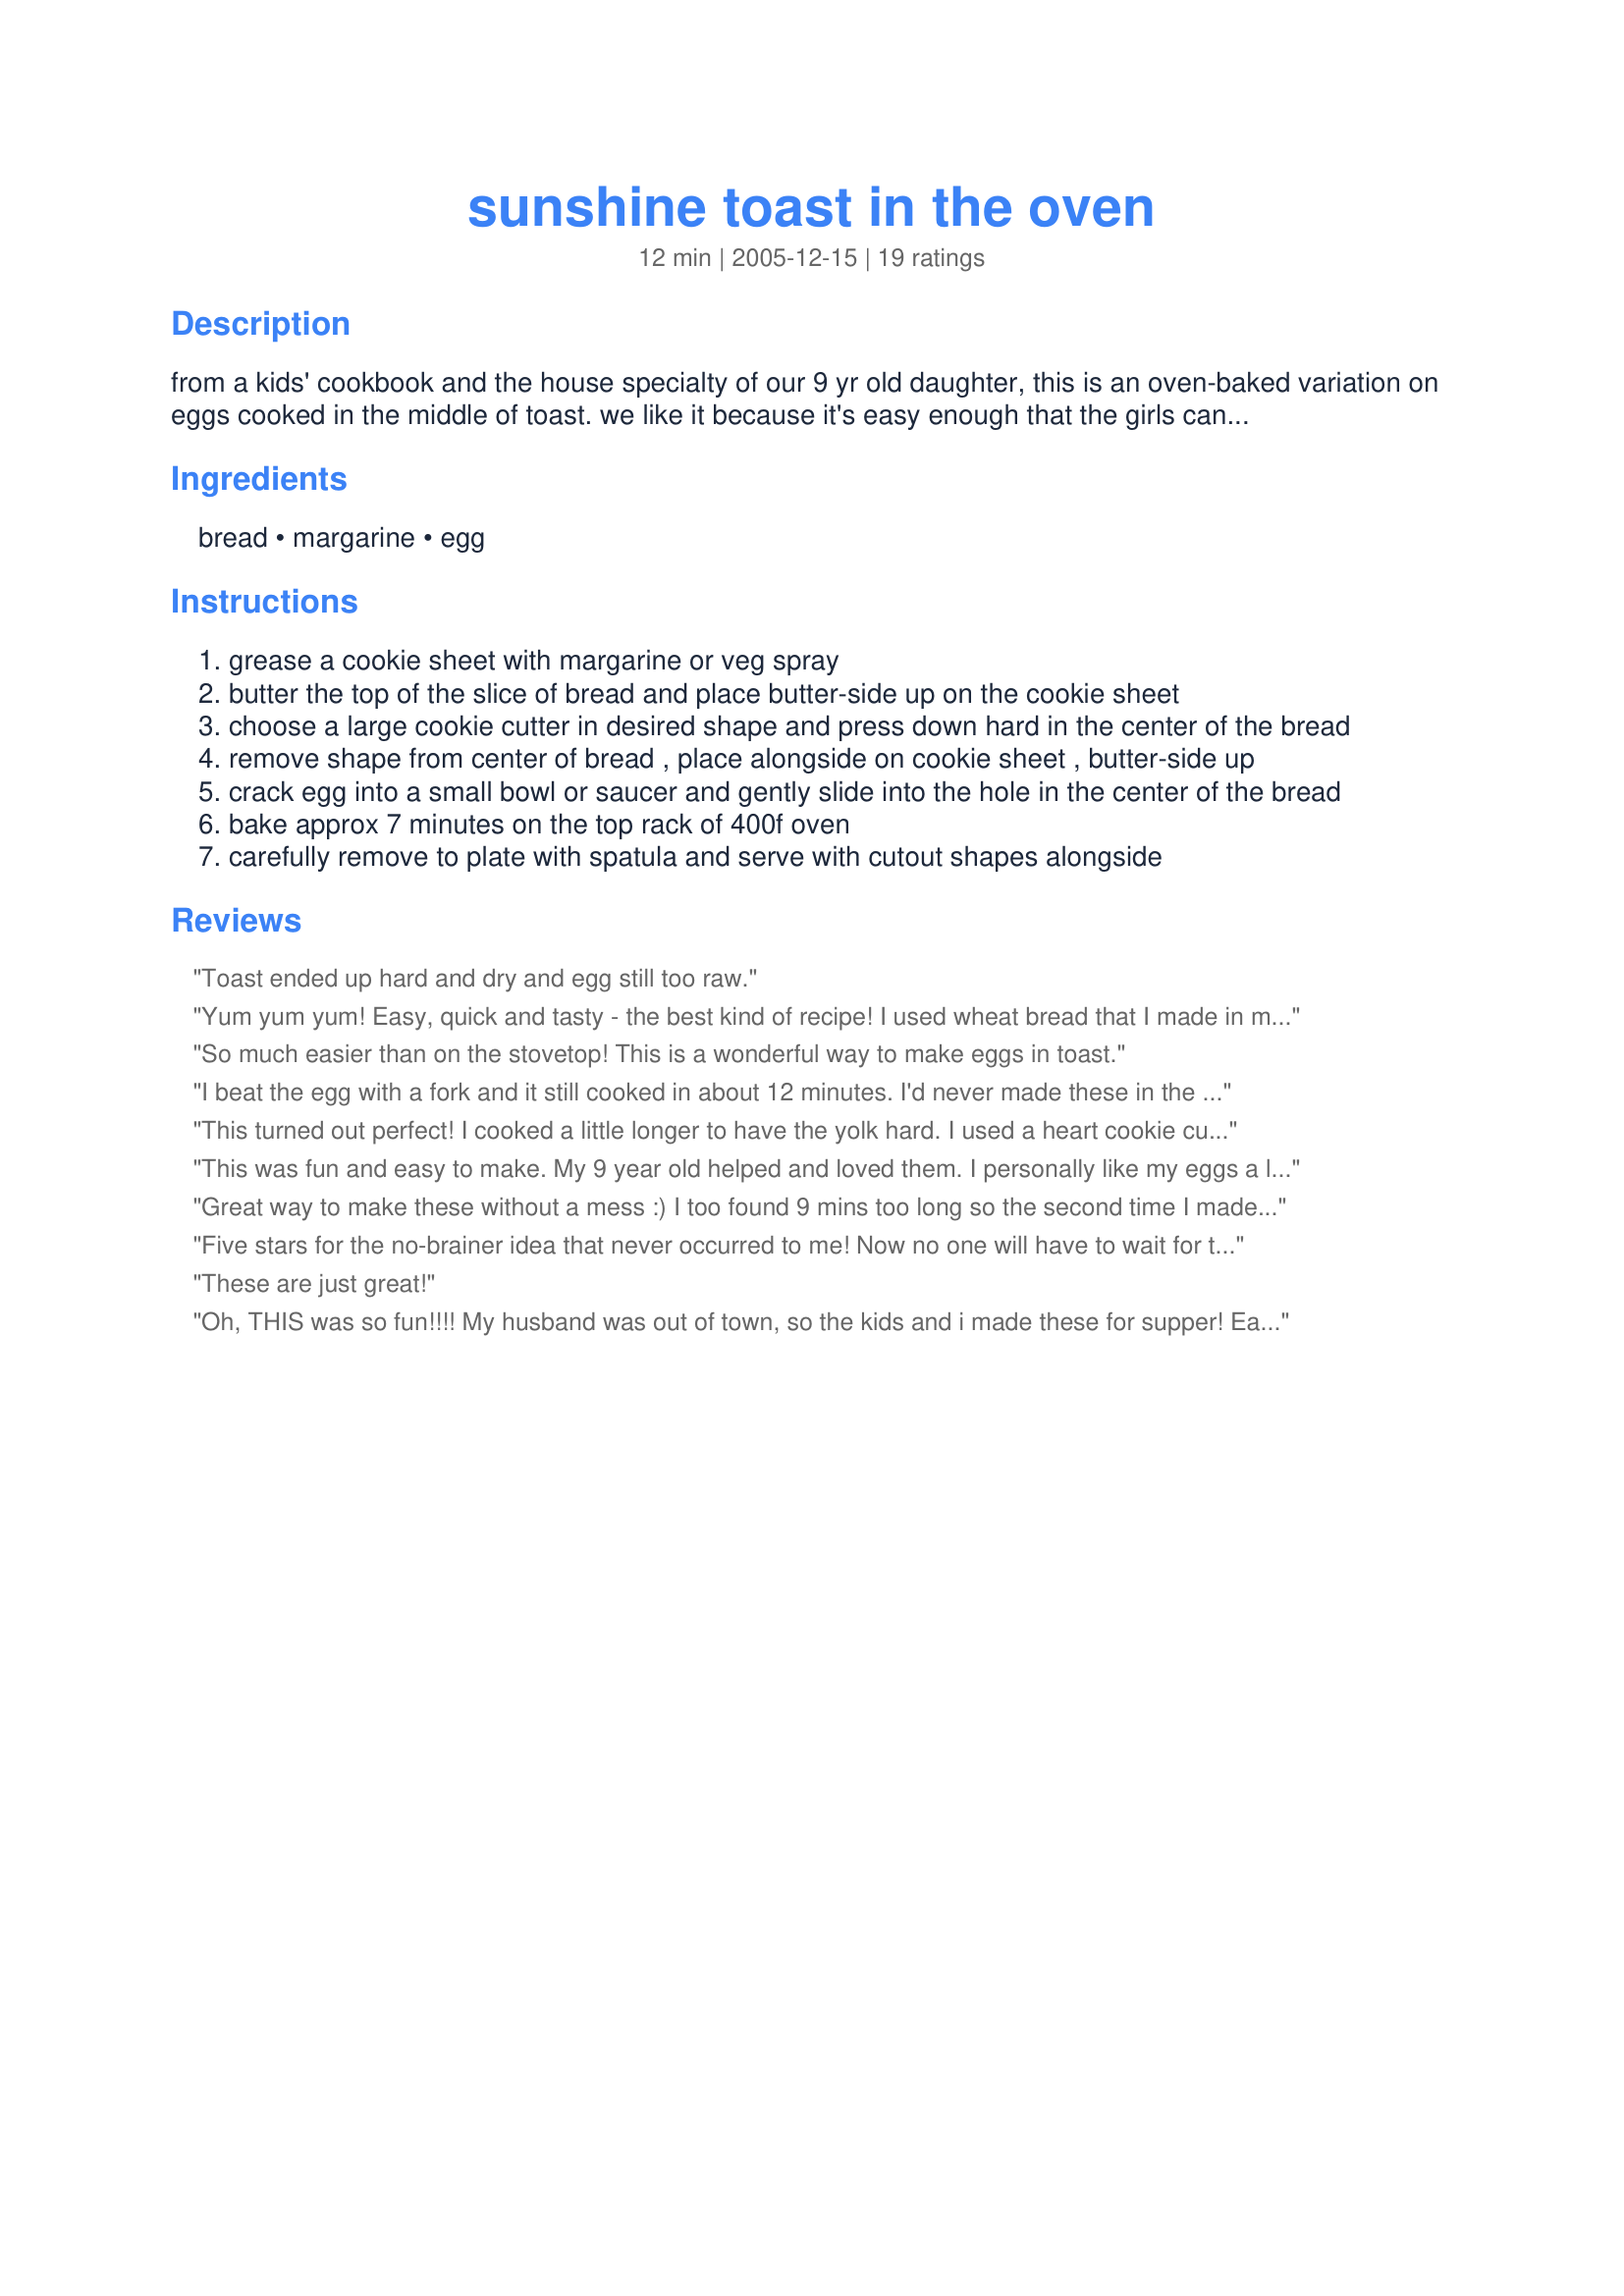
sunshine toast in the oven
Preparation time: 12 minutes

from a kids' cookbook and the house specialty of our 9 yr old daughter, this is an oven-baked variation on eggs cooked in the middle of toast. we like it because it's easy enough that the girls can do it on their own (no spattering grease in a frying pan) and because we can do up to a dozen at a time for sleep-overs and such (6 slices fit on an average cookie sheet). the girls have fun picking out which cookie cutters to use for their toast, especially when they can match them to a holiday/season (trees, stars, & angels in the winter, bunnies and flowers in the spring, etc). bake the cutouts alongside for fun little munchie toast shapes. don't use very large eggs, though, or they will overrun the toast!

Ingredients:
bread, margarine, egg

Steps:
grease a cookie sheet with margarine or veg spray
butter the top of the slice of bread and place butter-side up on the cookie sheet
choose a large cookie cutter in desired shape and press down hard in the center of the bread
remove shape from center of bread , place alongside on cookie sheet , butter-side up
crack egg into a small bowl or saucer and gently slide into the hole in the center of the bread
bake approx 7 minutes on the top rack of 400f oven
carefully remove to plate with spatula and serve with cutout shapes alongside

Reviews:
Toast ended up hard and dry and egg still too raw.
Yum yum yum! Easy, quick and tasty - the best kind of recipe! I used wheat bread that I made in my breadmaker and seasoned with salt & pepper before baking. Thanks winkki and to your DD for a great breakfast! :)
So much easier than on the stovetop! This is a wonderful way to make eggs in toast.
I beat the egg with a fork and it still cooked in about 12 minutes. I'd never made these in the oven before. We loved them.
This turned out perfect! I cooked a little longer to have the yolk hard. I used a heart cookie cutter and they turned out very cute. Thanks for a fun breakfast!!!
This was fun and easy to make. My 9 year old helped and loved them. I personally like my eggs a little softer so next time I make them I think I will reduce the time some. Overall it was a pretty good recipe. Thank you.
Great way to make these without a mess :) I too found 9 mins too long so the second time I made them I only left them in oven for 7mins as we like our a little runny. Thanks for a keeper:)
Five stars for the no-brainer idea that never occurred to me! Now no one will have to wait for their hole-in-one! Thank you so much.
These are just great!
Oh, THIS was so fun!!!! My husband was out of town, so the kids and i made these for supper! Each of my three LOVED picking out his/her own shape of cookie cutter to use! Our slices of bread had a "wider" shape than just the average Wonder bread, so we had room for a fair-sized cutout. After the eggs were in place, we sprinkled each with salt, pepper and dill. YUMMM!!! The kids were fascinated watching their toast and eggs. I couldn't believe that after 9 mins, they came out w/the texture of a perfectly hard boiled egg (we don't like runny eggs here.) Thanks for such a fun idea! We'll be making these again and again...my kids will make sure of it! ~Jeff's Girl Way Out West
I have always made these eggs in a skillet but it was much easier in the oven! Used a glass to make the hole in the center and also left them in for a bit longer than 7 minutes. For DH I sprinkled bacon bits and shredded cheddar cheese on top before putting them in the oven. Was so nice to be able to sit down and eat together plus not have to worry about making toast! Thank you winkki!
Was really yummy and easy. I used English muffins instead of toast. Will definitely make for hubby and son sometime soon.
Guess I am just a kid at heart! This is much easier and less messy than the stovetop method. I will try them again with some cheese sprinkled on top, as a previous reviewer suggested. Baking time was right on. Made for TOP FAVORITES of 2009 COOKBOOKS TAG GAME.
This worked like a charm and I can't believe I never considered this method before! Made making 4 of these a snap, and no one had to wait. I added some salt, cooked for 9 minutes because we like our eggs non-runny, and then left under the broiler for about 30 seconds to toast up the bread a bit. Thanks!!
We like these for a easy to fix breakfast.Instead of cutting the hole out,I put the imprint of a circle on the bread with a glass and flatten the inside of circle with my fingers before breaking the egg inside.They look perfect and the egg wont run out of bottom.
This is so cute! This just touched the kid in me! I prepared it exactly as directed by the recipe. I used my pampered chef bread tube as the cutter, because I did not have any cookie cutters. I baked mine about 9 minutes, but next time, I will shorten the time, because I prefer my eggs softer. After I took it out of the oven, I sprinkled a little bit of cheese on it. It was so simple and good! Thanks Winkki!
Quick fun brekkie -- only thing I should have done and didnt was season the eggs with some salt. Next time I will. Very good. Thank you!
So simple, my six year old made it herself [although I handled the hot stuff]. She's eaten it for lunch, bedtime snack and breakfast the past two days!
This worked so well! It really cut the time off of making what we call eggs in a basket. I cut the cooking time to 4 min. because we like runny yolks.
Thanks Winkki!
